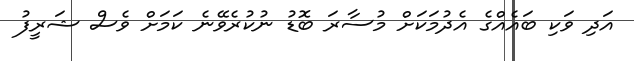
އަދި ވަކި ބައެއްގެ އެދުމަކަށް މުސާރަ ބޮޑު ނުކުރެވޭނެ ކަމަށް ވެސް ޝަރީފު